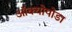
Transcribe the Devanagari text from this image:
ऑक्योपोडा